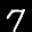
Label: 7